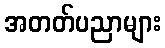
အတတ်ပညာများ